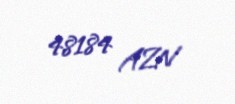
48184 AZN